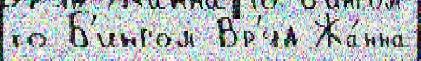
то Б'ингом Вр'яд Жа́нна